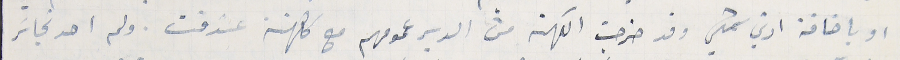
او باضافة ادني شي وقد خرجت الكهنة من الدير عمومهم مع كهنة عندقت. ولم احد تجاسَر